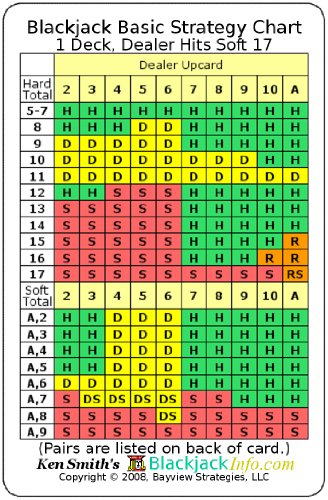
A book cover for Blackjack Basic Strategy Chart: 1 Deck, Dealer Hits Soft 17; Kenneth R Smith; Humor & Entertainment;